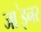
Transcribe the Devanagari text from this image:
जा॓इनर